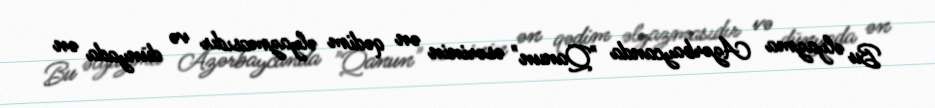
Bu əlyazma Azərbaycanda "Qanun" əsərinin ən qədim əlyazmasıdır və dünyada ən